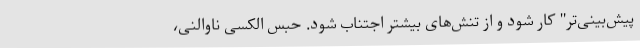
پیش‌بینی‌تر" کار شود و از تنش‌های بیشتر اجتناب شود. حبس الکسی ناوالنی،